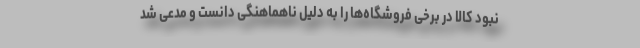
نبود کالا در برخی فروشگاه‌ها را به دلیل ناهماهنگی دانست و مدعی شد